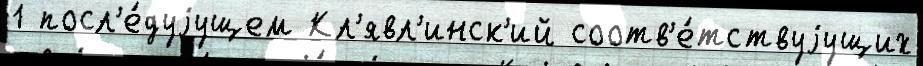
1 посл'е́дуjущем Кл'явл'инск'ий соотв'е́тствуjущих